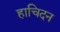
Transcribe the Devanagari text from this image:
हाचिदन